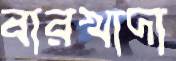
বারখাদা